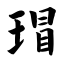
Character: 瑁